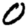
Digit: 0